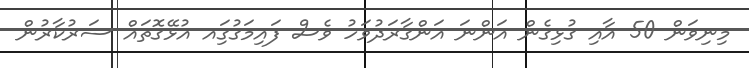
މިނިވަން 50 އާއި ގުޅިގެން އަންނަ އަންގާރަދުވަހު ވެސް ފައިމަގުގަިއ އުޅޭގޮތައް ސަރުކާރުން